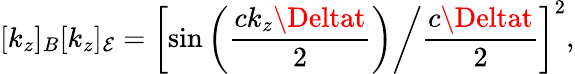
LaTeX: [k_{z}]_{B}[k_{z}]_{\mathcal{E}}=\left[\sin\left(\frac{{ck_{z}\Deltat}}{{2}}\right)\middle/\frac{{c\Deltat}}{{2}}\right]^{2},